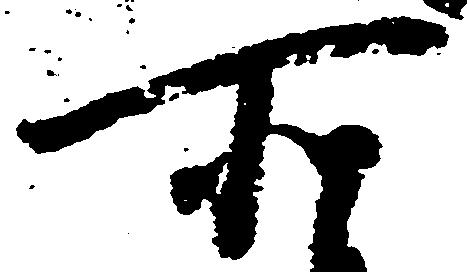
所